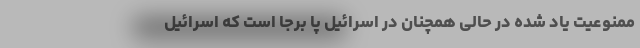
ممنوعیت یاد شده در حالی همچنان در اسرائیل پا برجا است که اسرائیل